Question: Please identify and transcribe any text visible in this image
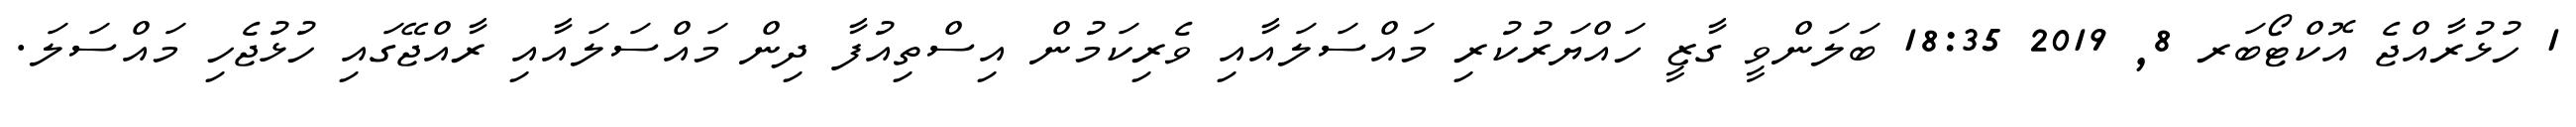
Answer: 1 ހުޅުރާއްޖެ އޮކްޓޯބަރ 8, 2019 18:35 ބަލަންވީ ގާޒީ ހައްޔަރުކުރި މައްސަލައާއި ވެރިކަމުން އިސްތިއުފާ ދިން މައްސަލައާއި ރާއްޖޭގައި ހުޅުޖެހި މައްސަލަ.